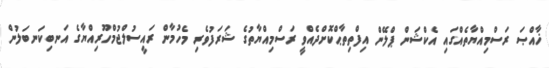
ޚާއްޞަ ރަސްމިއްޔާތެއްގައި އެކްޝަން ޕްލޭން އިފްތިތާޙްކޮށްދެއްވީ ރަސްމިއްޔާތުގެ ޝަރަފުވެރި މެހުމާން ރައީސުލްޖުމްހޫރިއްޔާގެ އަނބިކަނބަލުން